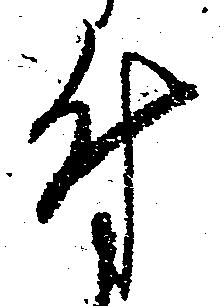
付